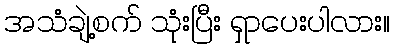
အသံချဲ့စက် သုံးပြီး ရှာပေးပါလား။